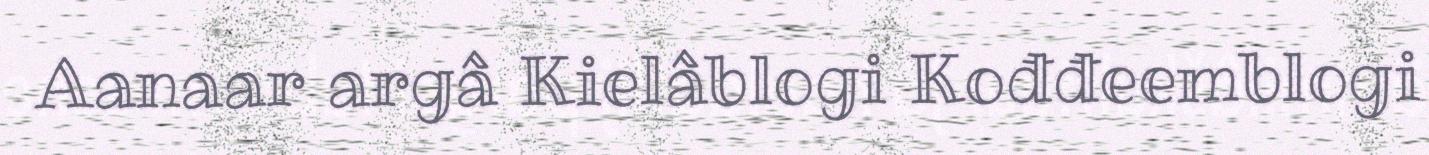
Aanaar argâ Kielâblogi Kođđeemblogi